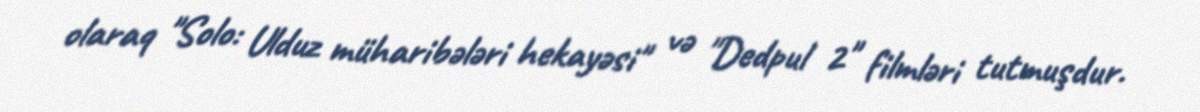
olaraq "Solo: Ulduz müharibələri hekayəsi" və "Dedpul 2" filmləri tutmuşdur.